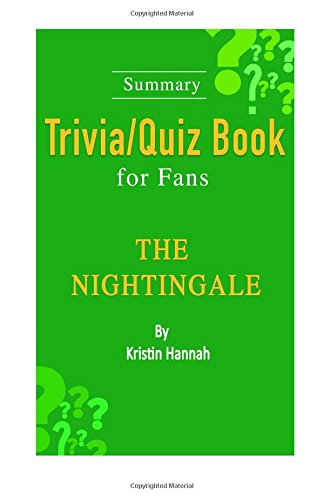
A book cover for Summary Trivia/Quiz Book for Fans: The Nightingale; Consortium Books; Humor & Entertainment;